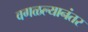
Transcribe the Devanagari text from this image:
वगळल्यानंतर